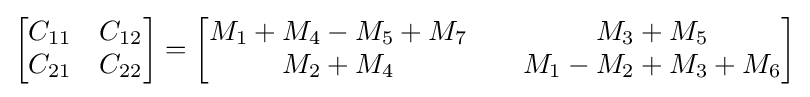
{\begin{bmatrix}C_{11}&C_{12}\\C_{21}&C_{22}\end{bmatrix}}={\begin{bmatrix}M_{1}+M_{4}-M_{5}+M_{7}\quad &M_{3}+M_{5}\\M_{2}+M_{4}\quad &M_{1}-M_{2}+M_{3}+M_{6}\end{bmatrix}}